Vaccination in Bombay 1924-1928 - 1924-1928
Year: 1924
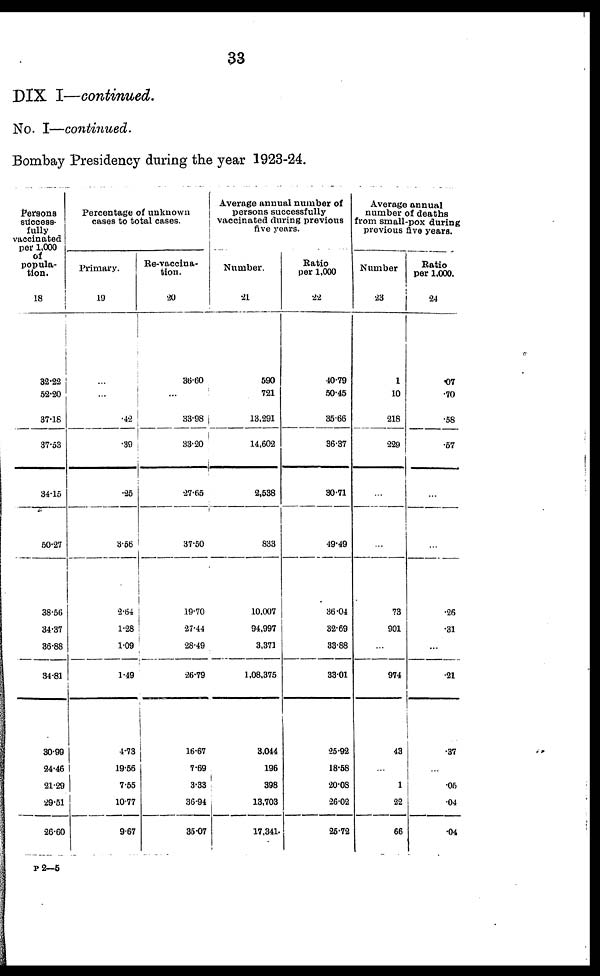
33
DIX I—continued.
No. I—continued.
Bombay Presidency during the year 1923-24.
Persons
success-
fully
vaccinated
per 1,000
of
popula-
tion.
18
32.22
52.20
37.18
37.53
34.15
50.27
38.56
34.37
36.88
34.81
30.99
24.46
21.29
29.51
26.60
Percentage of unknown
cases to total cases.
Primary.
19
...
...
42
.39
.25
3.56
2.64
1.28
1.09
1.49
4.73
19.56
7.55
10.77
9.67
Re-vaccina-
tion.
20
36.60
...
33.98
33.20
.27.65
37.50
19.70
27.44
28.49
26.79
16.67
7.69
3.33
36.94
35.07
Average annual number of
persons successfully
vaccinated during previous
five years.
Number.
21
590
721
13,291
14,602
2,538
833
10,007
94,997
3,371
1,08,375
3,044
196
398
13,703
17,341
Ratio
per 1,000
22
40.79
50.45
35.66
36.37
30.71
49.49
36.04
32.69
33.88
33.01
25.92
18.58
20.08
26.02
25.72
Average annual
number of deaths
from small-pox during
previous five years.
Number
23
1
10
218
229
...
...
73
901
...
974
43
...
1
22
66
Ratio
per 1,000.
24
.07
.70
.58
.57
...
...
.26
.31
...
.21
.37
...
.05
.04
.04
P 2—5